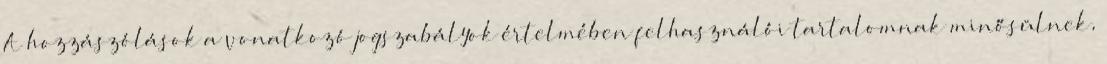
A hozzászólások a vonatkozó jogszabályok értelmében felhasználói tartalomnak minősülnek,